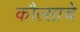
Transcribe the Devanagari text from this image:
कौत्साचे